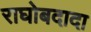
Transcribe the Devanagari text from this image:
राघोबदादा